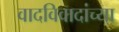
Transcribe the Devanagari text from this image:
वादविवादांच्या